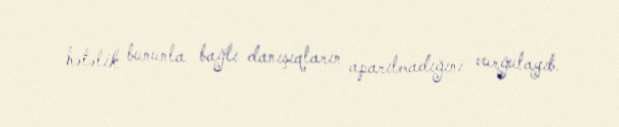
hələlik bununla bağlı danışıqların aparılmadığını vurğulayıb.